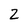
Character: 2